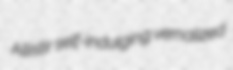
Allistir self-indulging vernalized